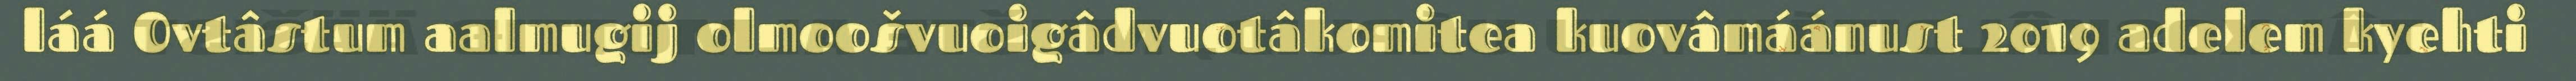
láá Ovtâstum aalmugij olmoošvuoigâdvuotâkomitea kuovâmáánust 2019 adelem kyehti